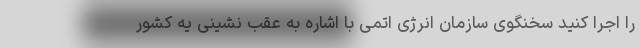
را اجرا کنید سخنگوی سازمان انرژی اتمی با اشاره به عقب نشینی یه کشور